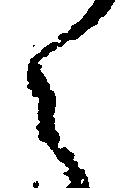
う